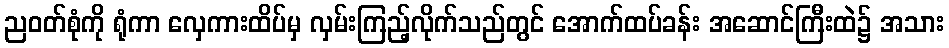
ညဝတ်စုံကို ရုံကာ လှေကားထိပ်မှ လှမ်းကြည့်လိုက်သည်တွင် အောက်ထပ်ခန်း အဆောင်ကြီးထဲ၌ အသား